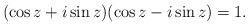
LaTeX: \begin{align*}(\cos z+ i \sin z)(\cos z-i \sin z )=1.\end{align*}